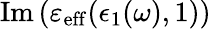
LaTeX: \operatorname{Im}\left(\varepsilon_{\mathrm{eff}}(\epsilon_{1}(\omega),1)\right)